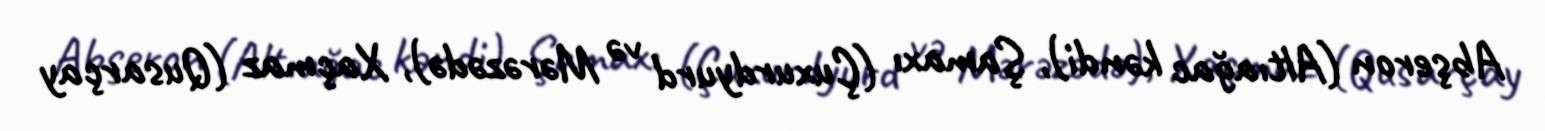
Abşeron (Altıağac kəndi), Şamaxı (Çuxurdyurd və Mərəzədə), Xaçmaz (Qusarçay